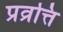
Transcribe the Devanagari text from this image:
प्रव्रत्ति